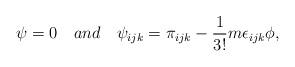
LaTeX: \begin{align*}\psi = 0 \quad and \quad \psi_{ijk} = \pi_{ijk} -\frac{1}{3!}m\epsilon_{ijk}\phi,\end{align*}